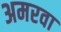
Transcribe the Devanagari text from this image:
अमरवा